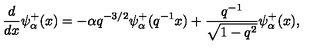
\frac { d } { d x } \psi _ { \alpha } ^ { + } ( x ) = - \alpha q ^ { - 3 / 2 } \psi _ { \alpha } ^ { + } ( q ^ { - 1 } x ) + \frac { q ^ { - 1 } } { \sqrt { 1 - q ^ { 2 } } } \psi _ { \alpha } ^ { + } ( x ) ,